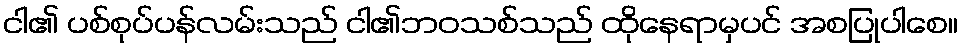
ငါ၏ ပစ်စုပ်ပန်လမ်းသည် ငါ၏ဘဝသစ်သည် ထိုနေရာမှပင် အစပြုပါစေ။